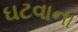
ઘટવાના